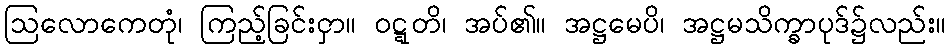
ဩလောကေတုံ၊ ကြည့်ခြင်းငှာ။ ဝဋ္ဋတိ၊ အပ်၏။ အဋ္ဌမေပိ၊ အဋ္ဌမသိက္ခာပုဒ်၌လည်း။